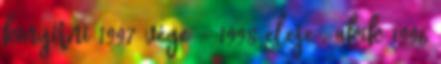
kinyírni 1997 vége – 1998 eleje , akik 1996